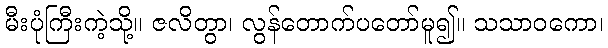
မီးပုံကြီးကဲ့သို့။ ဇလိတွာ၊ လွန်တောက်ပတော်မူ၍။ သသာဝကော၊